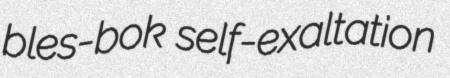
bles-bok self-exaltation